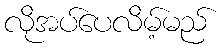
လိုအပ်ပေလိမ့်မည်